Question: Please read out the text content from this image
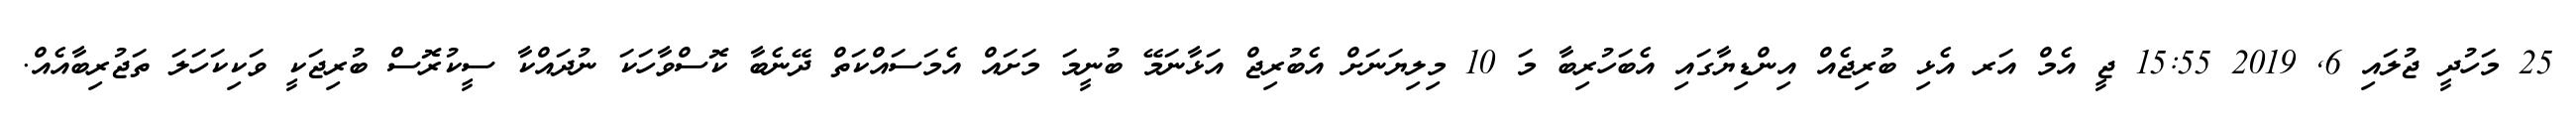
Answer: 25 މަހުދީ ޖުލައި 6, 2019 15:55 ޖީ އެމް އަރ އެޅި ބުރިޖެއް އިންޑިޔާގައި އެބަހުރިބާ މަ 10 މިލިޔަނަށް އެބުރިޖް އަޅާނަމޭ ބުނީމަ މަށައް އެމަސައްކަތް ދޭނެބާ ކޮސްވާހަކަ ނުދައްކާ ސީކުރޮސް ބުރިޖަކީ ވަކިކަހަލަ ތަޖުރިބާއެއް.